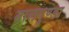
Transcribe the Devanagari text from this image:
तालगुण्डा